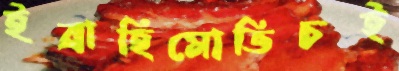
ইব্রাহিমোভিচই